Report on the working of the Ranchi Indian Mental Hospital, Kanke, in Bihar and Orissa - 1930-1940
Year: 1930
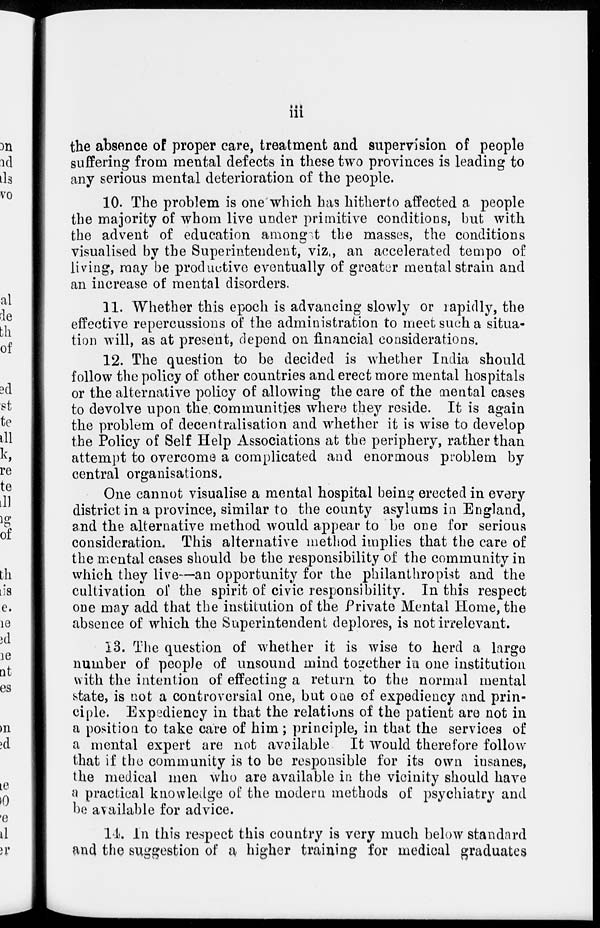
iii
the absence of proper care, treatment and supervision of people
suffering from mental defects in these two provinces is leading to
any serious mental deterioration of the people.
10. The problem is one which has hitherto affected a people
the majority of whom live under primitive conditions, but with
the advent of education amongst the masses, the conditions
visualised by the Superintendent, viz., an accelerated tempo of
living, may be productive eventually of greater mental strain and
an increase of mental disorders.
11. Whether this epoch is advancing slowly or rapidly, the
effective repercussions of the administration to meet such a situa-
tion will, as at present, depend on financial considerations.
12. The question to be decided is whether India should
follow the policy of other countries and erect more mental hospitals
or the alternative policy of allowing the care of the mental cases
to devolve upon the. communities where they reside. It is again
the problem of decentralisation and whether it is wise to develop
the Policy of Self Help Associations at the periphery, rather than
attempt to overcome a complicated and enormous problem by
central organisations.
One cannot visualise a mental hospital being erected in every
district in a province, similar to the county asylums in England,
and the alternative method would appear to be one for serious
consideration. This alternative method implies that the care of
the mental cases should be the responsibility of the community in
which they live—an opportunity for the philanthropist and the
cultivation of the spirit of civic responsibility. In this respect
one may add that the institution of the Private Mental Home, the
absence of which the Superintendent deplores, is not irrelevant.
13. The question of whether it is wise to herd a large
number of people of unsound mind together in one institution
with the intention of effecting a return to the normal mental
state, is not a controversial one, but one of expediency and prin-
ciple. Expediency in that the relations of the patient are not in
a position to take care of him; principle, in that the services of
a mental expert are not available It would therefore follow
that if the community is to be responsible for its own insanes,
the medical men who are available in the vicinity should have
a practical knowledge of the modern methods of psychiatry and
be available for advice.
14. In this respect this country is very much below standard
and the suggestion of a higher training for medical graduates